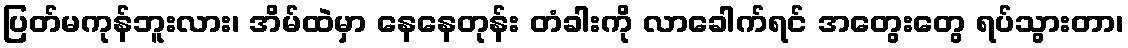
ပြတ်မကုန်ဘူးလား၊ အိမ်ထဲမှာ နေနေတုန်း တံခါးကို လာခေါက်ရင် အတွေးတွေ ရပ်သွားတာ၊